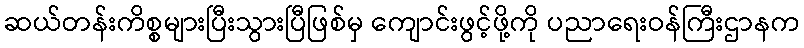
ဆယ်တန်းကိစ္စများပြီးသွားပြီဖြစ်မှ ကျောင်းဖွင့်ဖို့ကို ပညာရေးဝန်ကြီးဌာနက